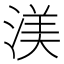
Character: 渼